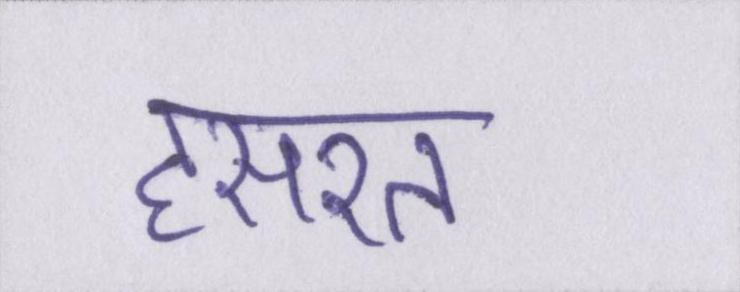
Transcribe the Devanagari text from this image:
हसरत